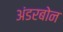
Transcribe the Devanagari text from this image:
अंडरबोन